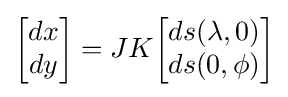
{\begin{bmatrix}dx\\dy\end{bmatrix}}=JK{\begin{bmatrix}ds(\lambda ,0)\\ds(0,\phi )\end{bmatrix}}